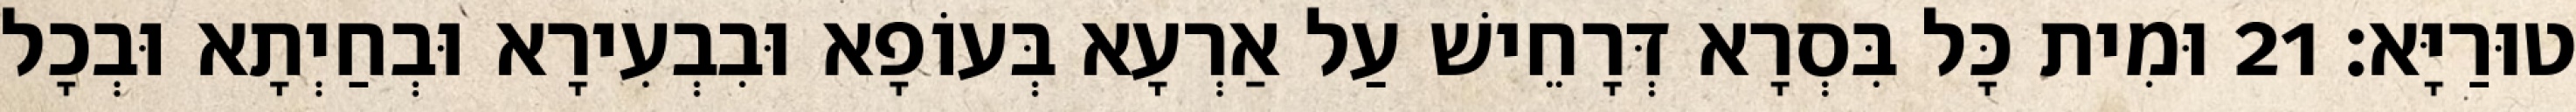
טוּרַיָּא׃ 21 וּמִית כָּל בִּסְרָא דְּרָחֵישׁ עַל אַרְעָא בְּעוֹפָא וּבִבְעִירָא וּבְחַיְתָא וּבְכָל